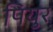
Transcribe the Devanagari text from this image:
पियुर